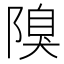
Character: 𨻬